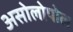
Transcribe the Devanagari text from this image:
असोलोपोल